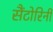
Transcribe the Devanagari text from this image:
सैंटोरिनी